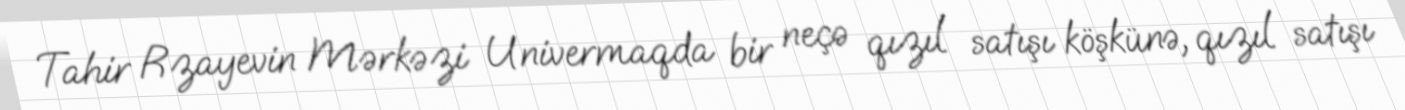
Tahir Rzayevin Mərkəzi Univermaqda bir neçə qızıl satışı köşkünə, qızıl satışı